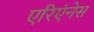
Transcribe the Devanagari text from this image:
एरिएंनेस